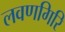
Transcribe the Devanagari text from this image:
लवणगिरि